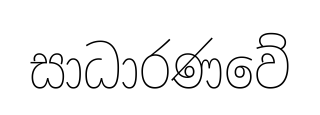
සාධාරණවේ